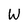
Character: W